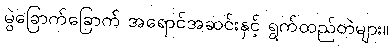
မွဲခြောက်ခြောက် အရောင်အဆင်းနှင့် ရွက်ထည်တဲများ။